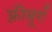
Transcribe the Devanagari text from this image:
फ़्रीबूर्ग